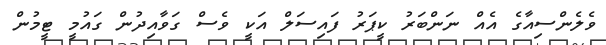
ވެލެންސިއާގެ އެއް ނަންބަރު ކީޕަރު ފައިސަލް އަކީ ވެސް ގަވާއިދުން ގައުމީ ޓީމުން